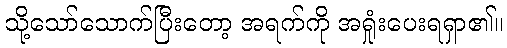
သို့သော်သောက်ပြီးတော့ အရက်ကို အရှုံးပေးရရှာ၏။